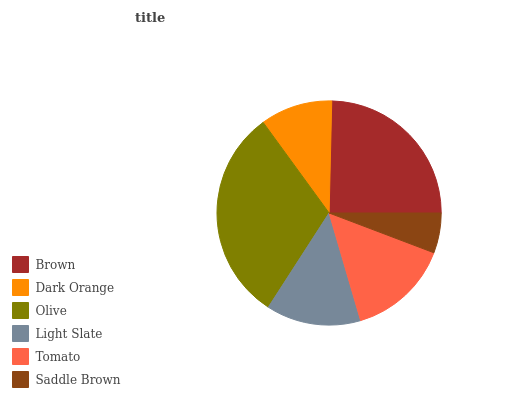
| Brown | Dark Orange | Olive | Light Slate | Tomato | Saddle Brown |
 | --- | --- | --- | --- | --- | --- |
 | 24.7% | 10.4% | 30.9% | 13.6% | 14.7% | 5.77% |